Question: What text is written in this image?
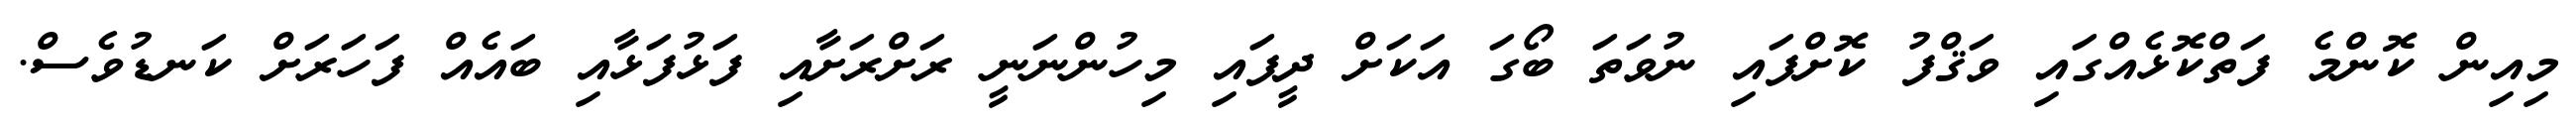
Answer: މިއިން ކޮންމެ ފަތްކޮޅެއްގައި ވަޤްފު ކޮށްފައި ނުވަތަ ބޯގަ އަކަށް ދީފައި މިހުންނަނީ ރަށްރަށާއި ފަޅުފަޅާއި ބައެއް ފަހަރަށް ކަނޑުވެސް.